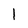
Character: 1